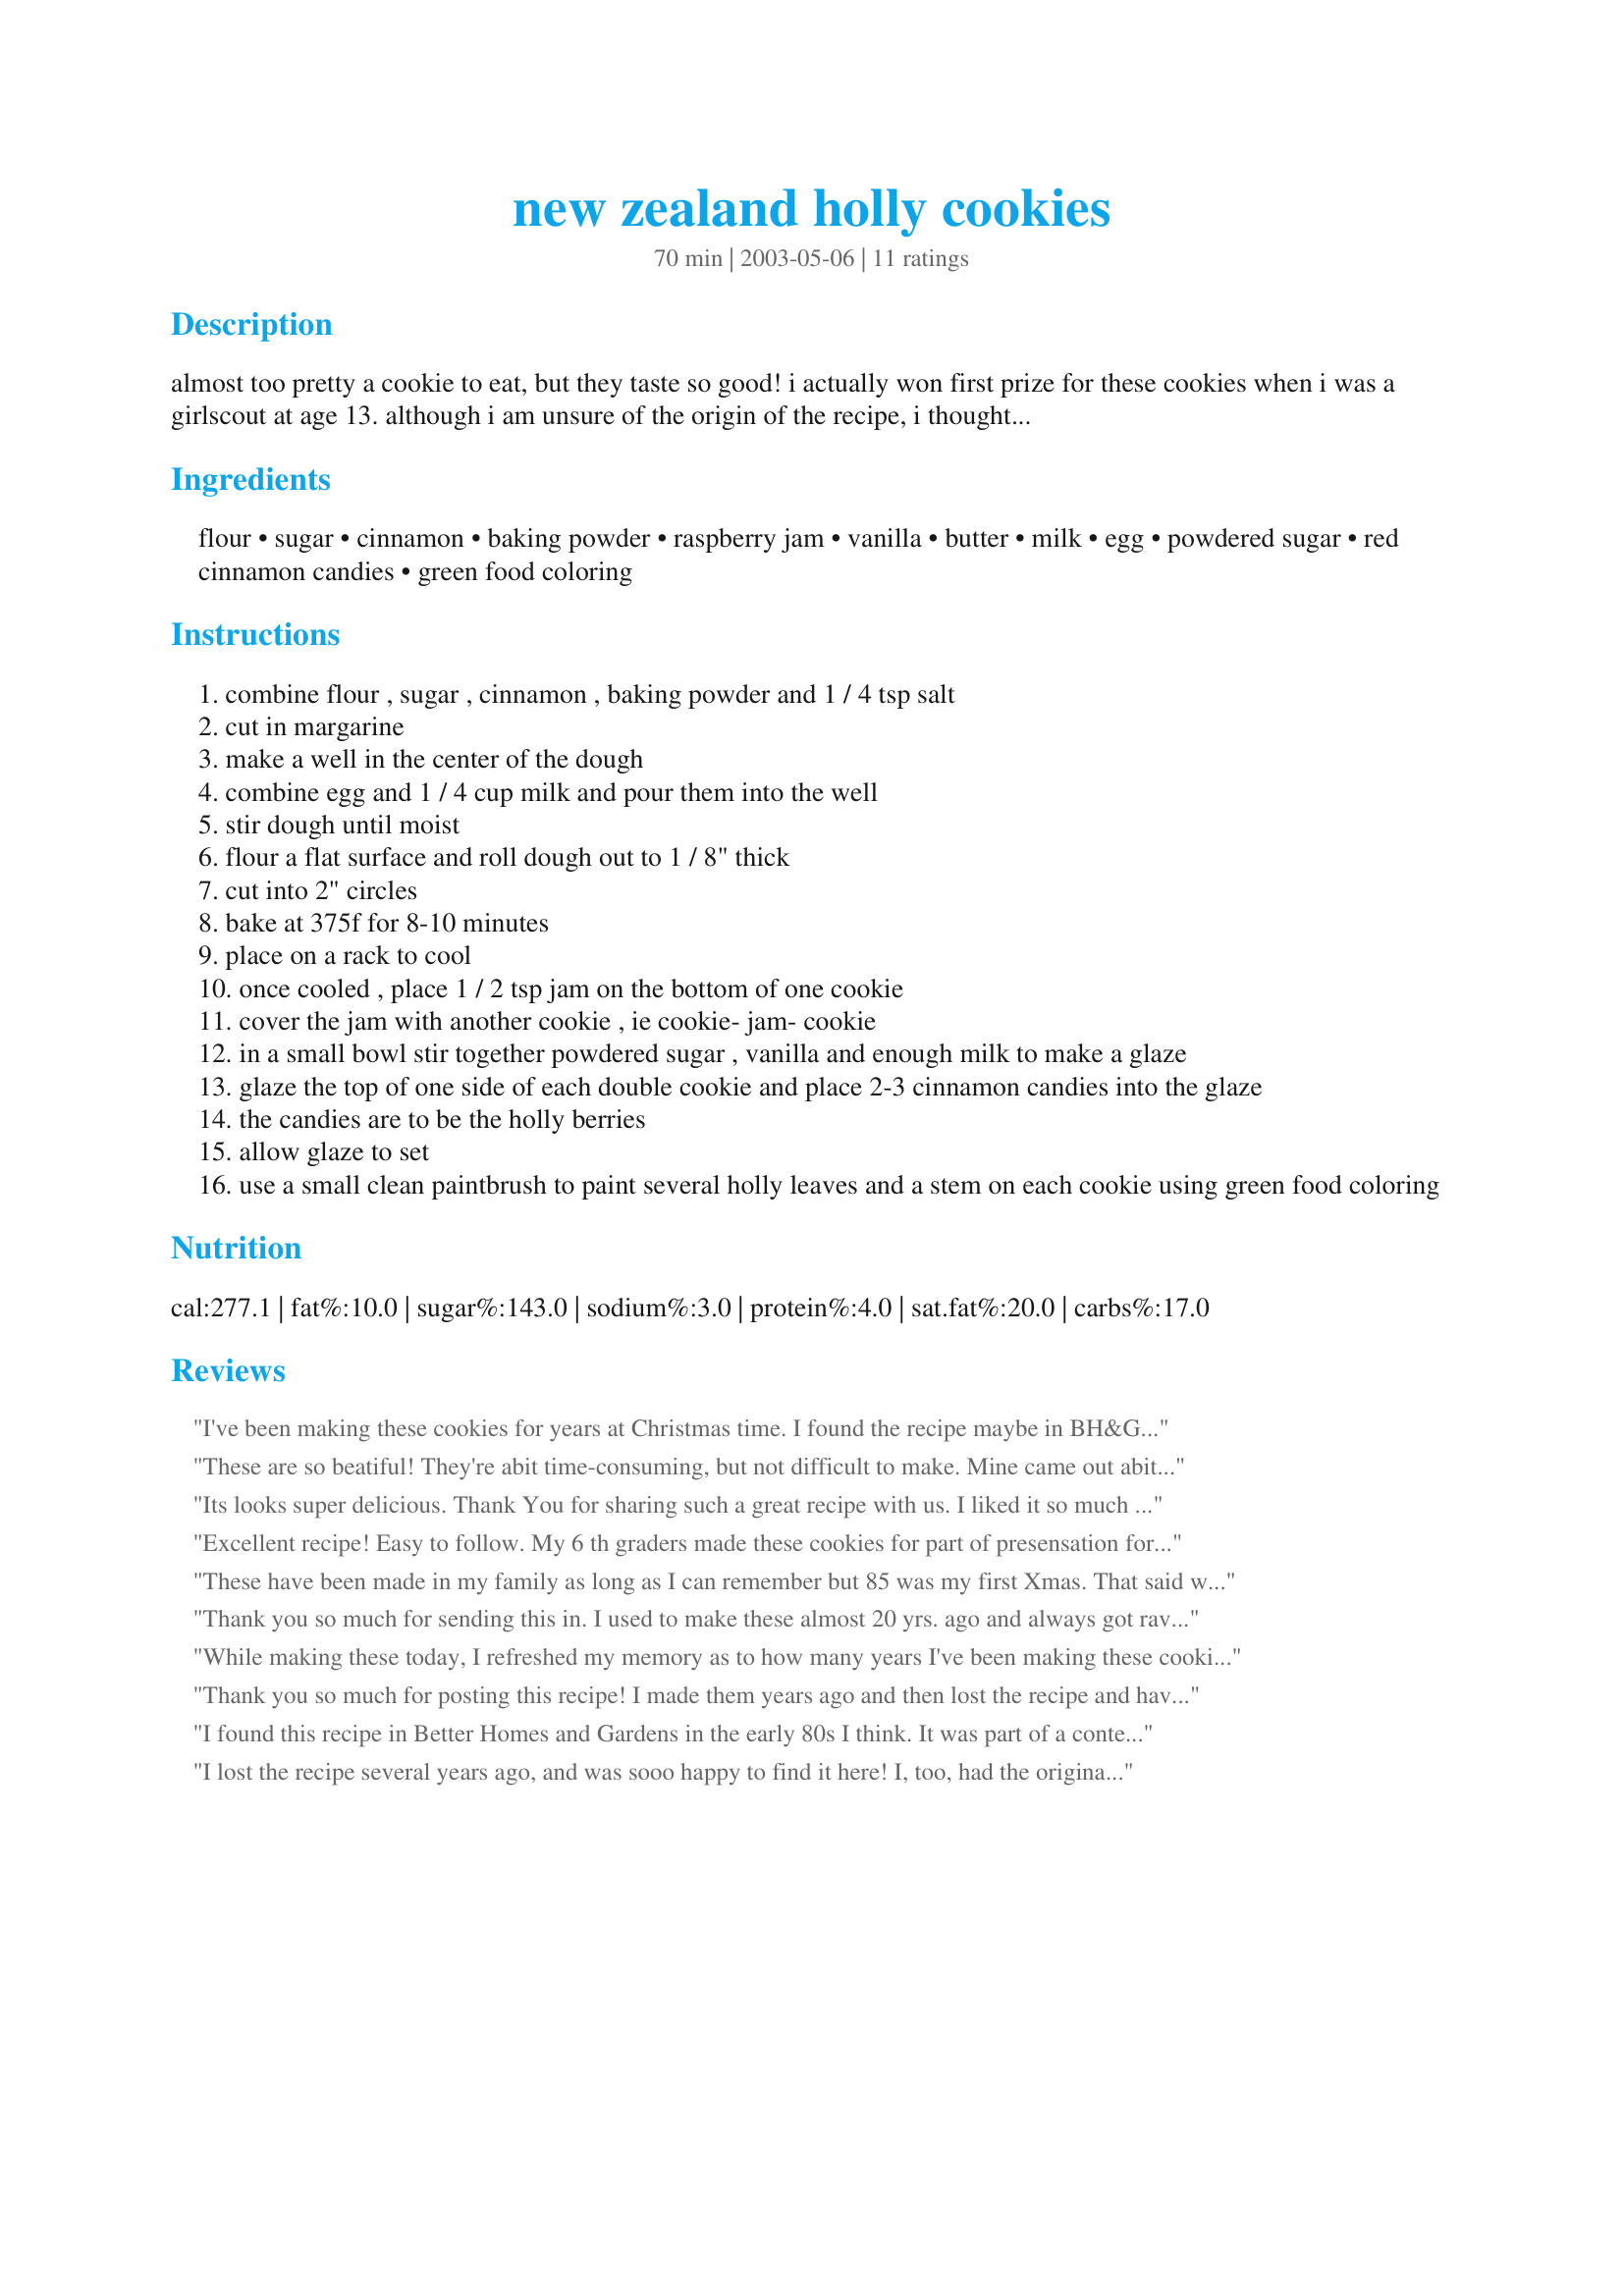
new zealand holly cookies
Preparation time: 70 minutes

almost too pretty a cookie to eat, but they taste so good! i actually won first prize for these cookies when i was a girlscout at age 13. although i am unsure of the origin of the recipe, i thought it was too good to keep to myself. if you're creative and are up for a challenge, this is a perfect recipe for you. (requires a clean small paintbrush)

Ingredients:
flour, sugar, cinnamon, baking powder, raspberry jam, vanilla, butter, milk, egg, powdered sugar, red cinnamon candies, green food coloring

Steps:
combine flour , sugar , cinnamon , baking powder and 1 / 4 tsp salt
cut in margarine
make a well in the center of the dough
combine egg and 1 / 4 cup milk and pour them into the well
stir dough until moist
flour a flat surface and roll dough out to 1 / 8" thick
cut into 2" circles
bake at 375f for 8-10 minutes
place on a rack to cool
once cooled , place 1 / 2 tsp jam on the bottom of one cookie
cover the jam with another cookie , ie cookie- jam- cookie
in a small bowl stir together powdered sugar , vanilla and enough milk to make a glaze
glaze the top of one side of each double cookie and place 2-3 cinnamon candies into the glaze
the candies are to be the holly berries
allow glaze to set
use a small clean paintbrush to paint several holly leaves and a stem on each cookie using green food coloring

Reviews:
I've been making these cookies for years at Christmas time. I found the recipe maybe in BH&G magazine. they are the hit of the season. I'm going to make them for the 4th of July by painting a flag on them instead of holly.
These are so beatiful! They're abit time-consuming, but not difficult to make. Mine came out abit bigger because my cookie cutter was 2 1/2" wide, so I baked them for about 12 minutes. That was good, but I still think next time I'll make them smaller because you have to remember that you're really eating two cookies at one time - they're wonderful! Thanks for a festive, elegant cookie!
Its looks super delicious. Thank You for sharing such a great recipe with us. I liked it so much http://www.kashishfood.co.nz/rice.html
Excellent recipe! Easy to follow. My 6 th graders made these cookies for part of presensation for a final. They are delicious!!
These have been made in my family as long as I can remember but 85 was my first Xmas. That said we use a toothpick to draw the holy leafs.
Thank you so much for sending this in. I used to make these almost 20 yrs. ago and always got rave reviews. I lost the recipe and have searched endlessly. The one thing to remember is be sure to use seedless jam. I hve decorated these to match many different holidays square flags, oval Easter eggs etc. I'm soooooo happy to have the recipe again.
While making these today, I refreshed my memory as to how many years I've been making these cookies. My recipe is the orignal page that I pulled from Better Homes and Gardens magazine, dated December 1985. They were the $1000 grand prize winner submitted by Kate Beckman from Chino, CA. I'll never forget stepping back from the finished product the first time I made them...those with me and I were in awe....make them just one time and they'll become a tradition in your family too.
Thank you so much for posting this recipe! I made them years ago and then lost the recipe and have searched over and over for it. These are so delicious and so Christmasy. I was thrilled to be able to make them again for my family and they will be a tradition from now on!
I found this recipe in Better Homes and Gardens in the early 80s I think. It was part of a contest. I've made them every Christmas and they always sell out at the cookie walk.
I lost the recipe several years ago, and was sooo happy to find it here! I, too, had the original BH&G magazine recipe! Can't wait to add this back to our family tradition!
These cookies have become our favorite Christmas cookie of all times. It's just not Christmas without them. I've been making them for many years and thought I would never find the recipe again until I looked here and found Debbie's. Thanks so much...our tradition will carry on.
